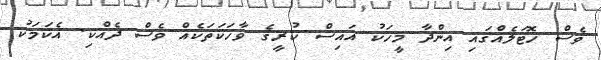
ވެސް ހޮޓަލެއްގައި އިންދާ މީހަކު އައިސް ކުރީގެ ވާހަކަތަކެއް ވެސް ދެއްކި. އެކަމަކު